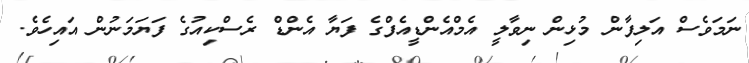
ނަމަވެސް އަލިފާން މުޅިން ނިވާލީ އެމްއެންޑީއެފްގެ ފަޔާ އެންޑް ރެސްކިއުގެ ފަޔަމަނުން އައިހެވެ.